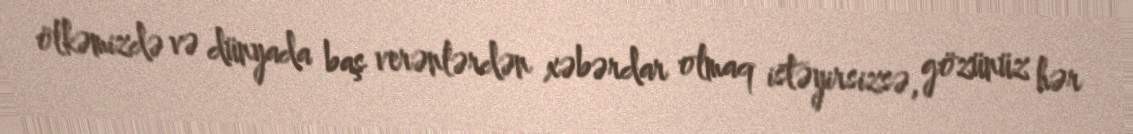
ölkəmizdə və dünyada baş verənlərdən xəbərdar olmaq istəyirsizsə, gözünüz hər